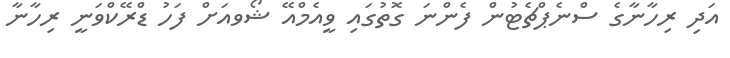
އަދި ރިހާނާގެ ސްނެޕްޗެޓުން ފެންނަ ގޮތުގައި ވީއެމްއޭ ޝޯވއަށް ފަހު ޑްރޭކްވަނީ ރިހާނާ